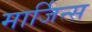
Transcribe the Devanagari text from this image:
मार्जिन्स